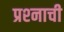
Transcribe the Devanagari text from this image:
प्रश्‍नाची